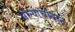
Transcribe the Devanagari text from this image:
सोन्याचांदीने